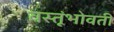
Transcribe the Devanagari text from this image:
वस्तूंभोवती